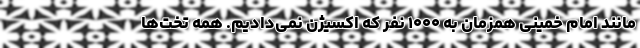
مانند امام خمینی همزمان به ۱۰۰۰ نفر که اکسیژن نمی‌دادیم. همه تخت‌ها